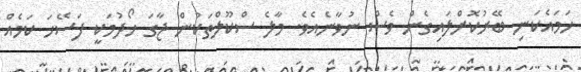
ހަމައެކަނި ބޭރުކޮށްލައިގެން ވެސް ނުވާނެއެވެ. މާލެ ސްކޫލްތަކުން ޖާގަ ހޯދުމަކީ ފަސޭހަ ކަމެއް